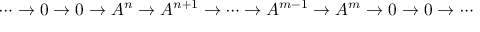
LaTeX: \cdots \to 0 \to 0 \to A ^ { n } \to A ^ { n + 1 } \to \cdots \to A ^ { m - 1 } \to A ^ { m } \to 0 \to 0 \to \cdots